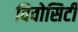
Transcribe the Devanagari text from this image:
विवोसिटी